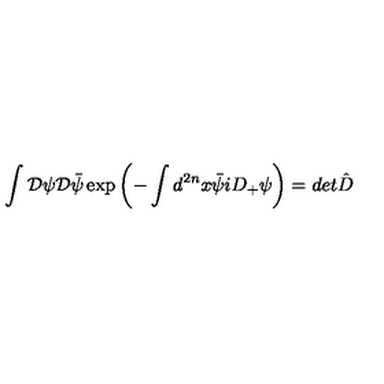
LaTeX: \int { \cal D } \psi { \cal D } \bar { \psi } \exp { \left( - \int d ^ { 2 n } x \bar { \psi } i D _ { + } \psi \right) } = d e t \hat { D }